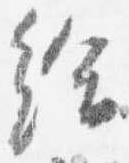
給